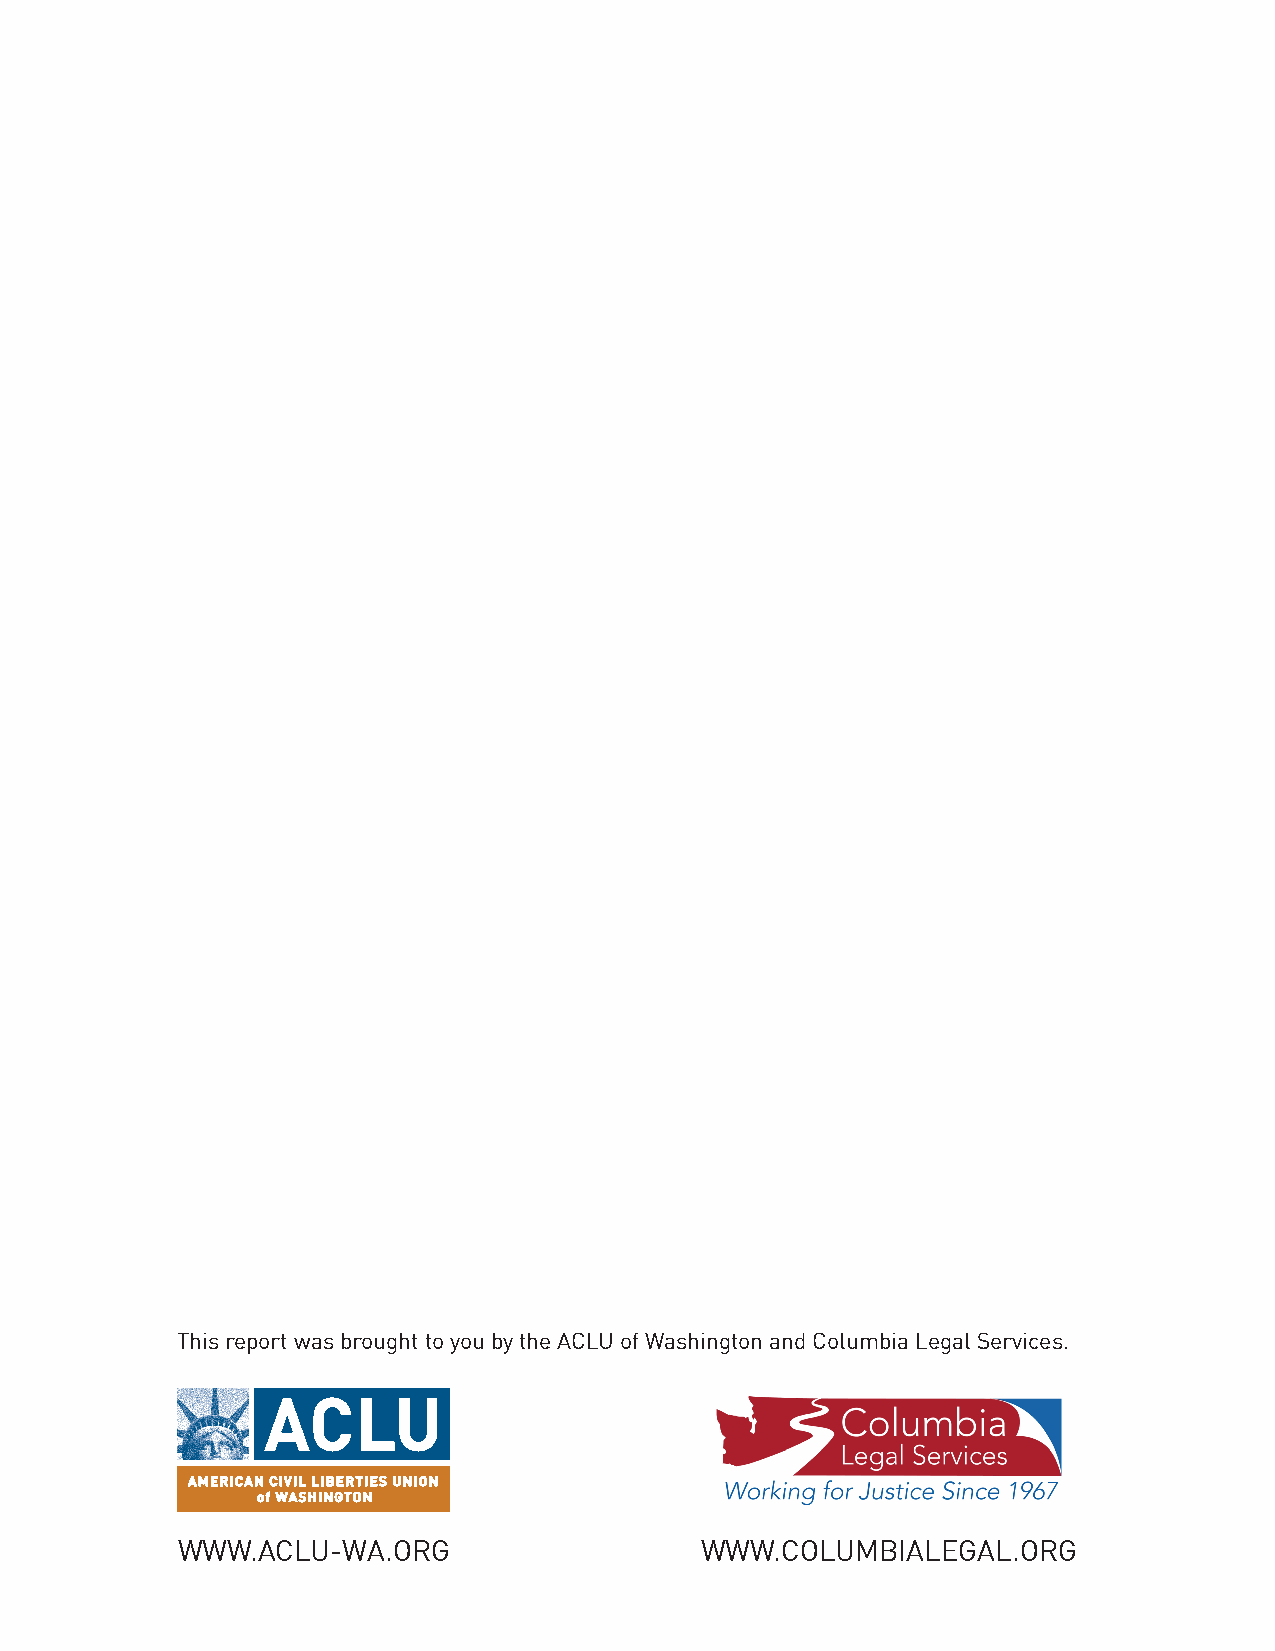
This report was brought to you by the ACLU of Washington and Columbia Legal Services.
 WWW.ACLU-WA.ORG                   WWW.COLUMBIALEGAL.ORG